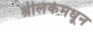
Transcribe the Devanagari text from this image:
श्रीलंकेमधून